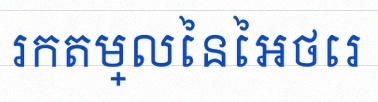
រកតម្លៃនៃអថេរ